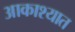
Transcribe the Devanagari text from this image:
आकाश्यात